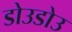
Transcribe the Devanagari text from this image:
डोउडोउ